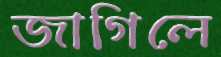
জাগিলে